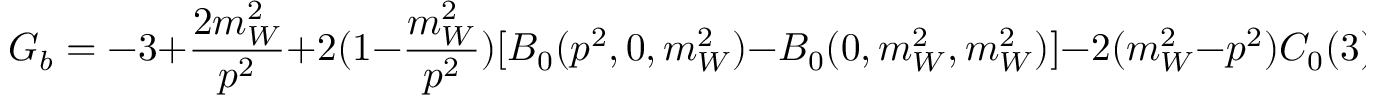
G _ { b } = - 3 + \frac { 2 m _ { W } ^ { 2 } } { p ^ { 2 } } + 2 ( 1 - \frac { m _ { W } ^ { 2 } } { p ^ { 2 } } ) [ B _ { 0 } ( p ^ { 2 } , 0 , m _ { W } ^ { 2 } ) - B _ { 0 } ( 0 , m _ { W } ^ { 2 } , m _ { W } ^ { 2 } ) ] - 2 ( m _ { W } ^ { 2 } - p ^ { 2 } ) C _ { 0 } ( 3 ) , \nonumber \protect \,